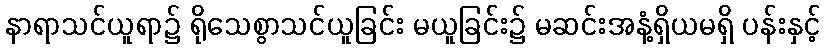
နာရာသင်ယူရာ၌ ရိုသေစွာသင်ယူခြင်း မယူခြင်း၌ မဆင်းအနံ့ရှိယမရှိ ပန်းနှင့်